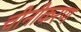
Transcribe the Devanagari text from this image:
चीनीकरण